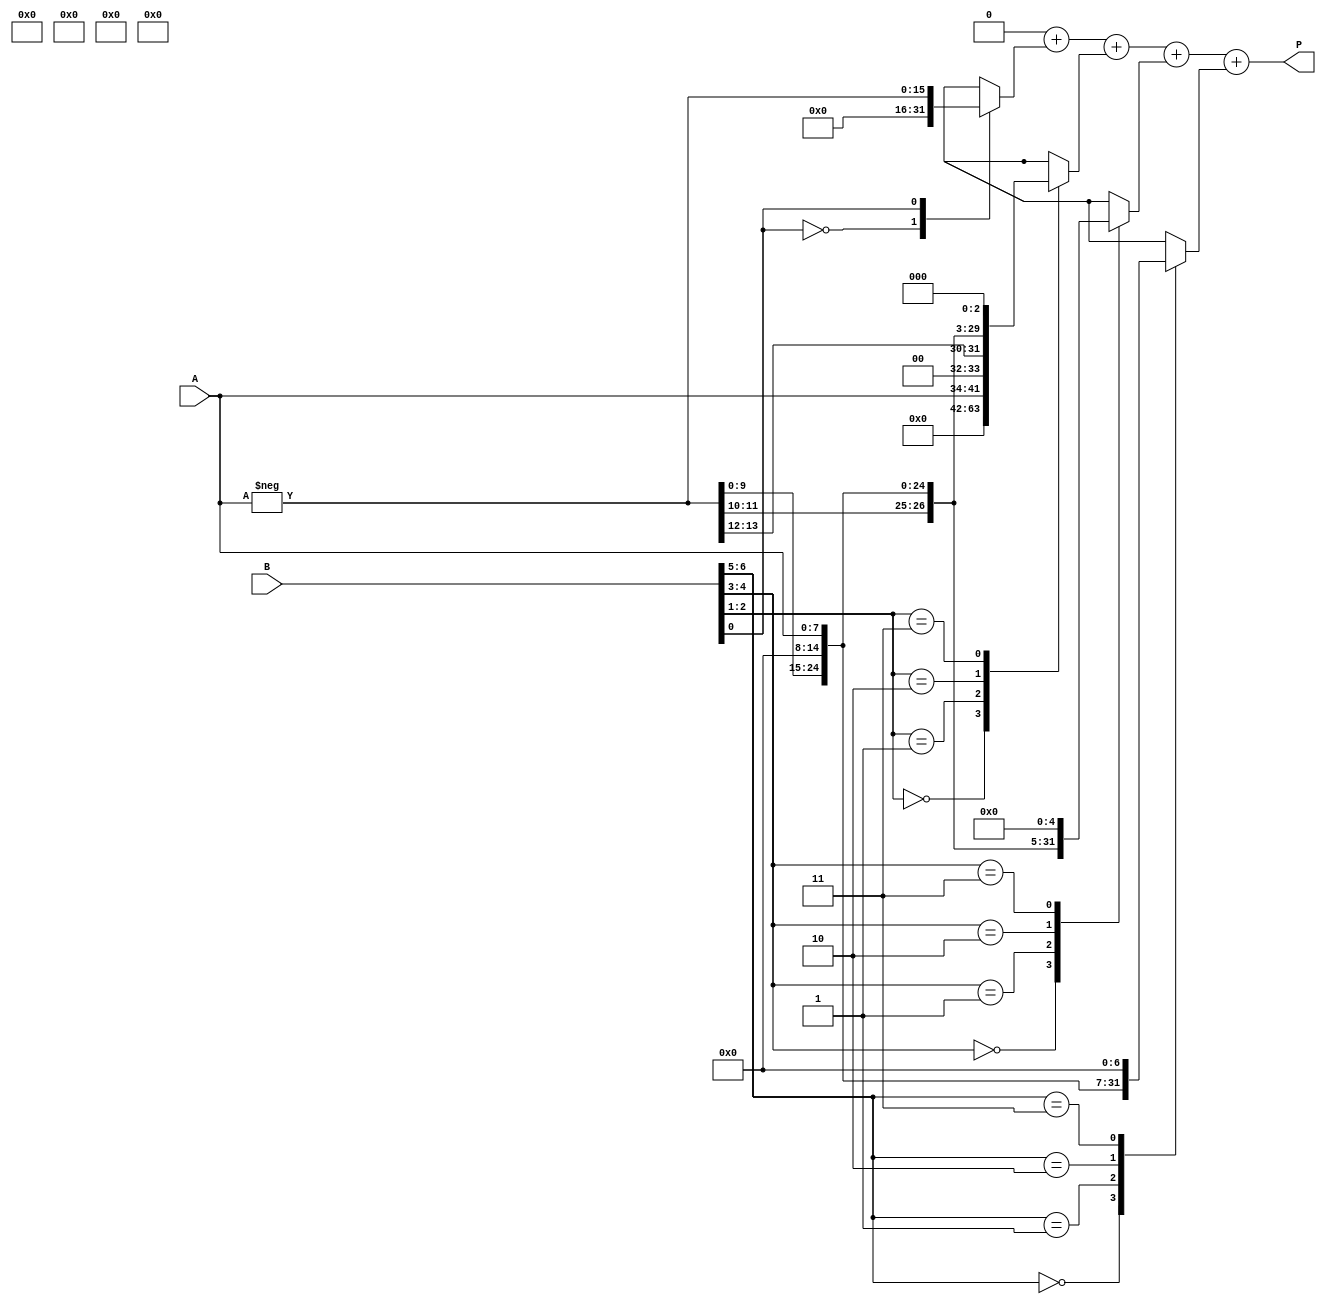
module radix4_multiplier #(parameter N = 8) (
    input signed [N-1:0] A,      // Multiplicand
    input signed [N-1:0] B,      // Multiplier
    output reg signed [2*N-1:0] P // Product
);

    reg [N-1:0] A_ext;            // Extended multiplicand
    reg [N+1:0] B_ext;            // Extended multiplier
    reg [2*N-1:0] partial_products [0:3]; // Partial products
    reg [2*N-1:0] sum;            // Accumulator for the final product
    integer i;

    // Booth's encoding and partial product generation
    always @(*) begin
        // Sign-extend A and B
        A_ext = A;
        B_ext = {B[N-1], B, 1'b0}; // Extend B with an extra bit for Booth's algorithm

        // Initialize the product
        P = 0;

        // Generate partial products based on Booth's algorithm
        for (i = 0; i < N; i = i + 2) begin
            case (B_ext[i+1:i])
                2'b00: partial_products[i/2] = 0;                     // No operation
                2'b01: partial_products[i/2] = A_ext << i;            // Add A
                2'b10: partial_products[i/2] = -A_ext << i;           // Subtract A
                2'b11: partial_products[i/2] = (A_ext << (i + 1));    // Add 2A
                default: partial_products[i/2] = 0;
            endcase
        end

        // Accumulate the partial products
        sum = 0;
        for (i = 0; i < (N + 1) / 2; i = i + 1) begin
            sum = sum + partial_products[i];
        end

        // Assign the final product
        P = sum;
    end

endmodule